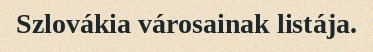
Szlovákia városainak listája.